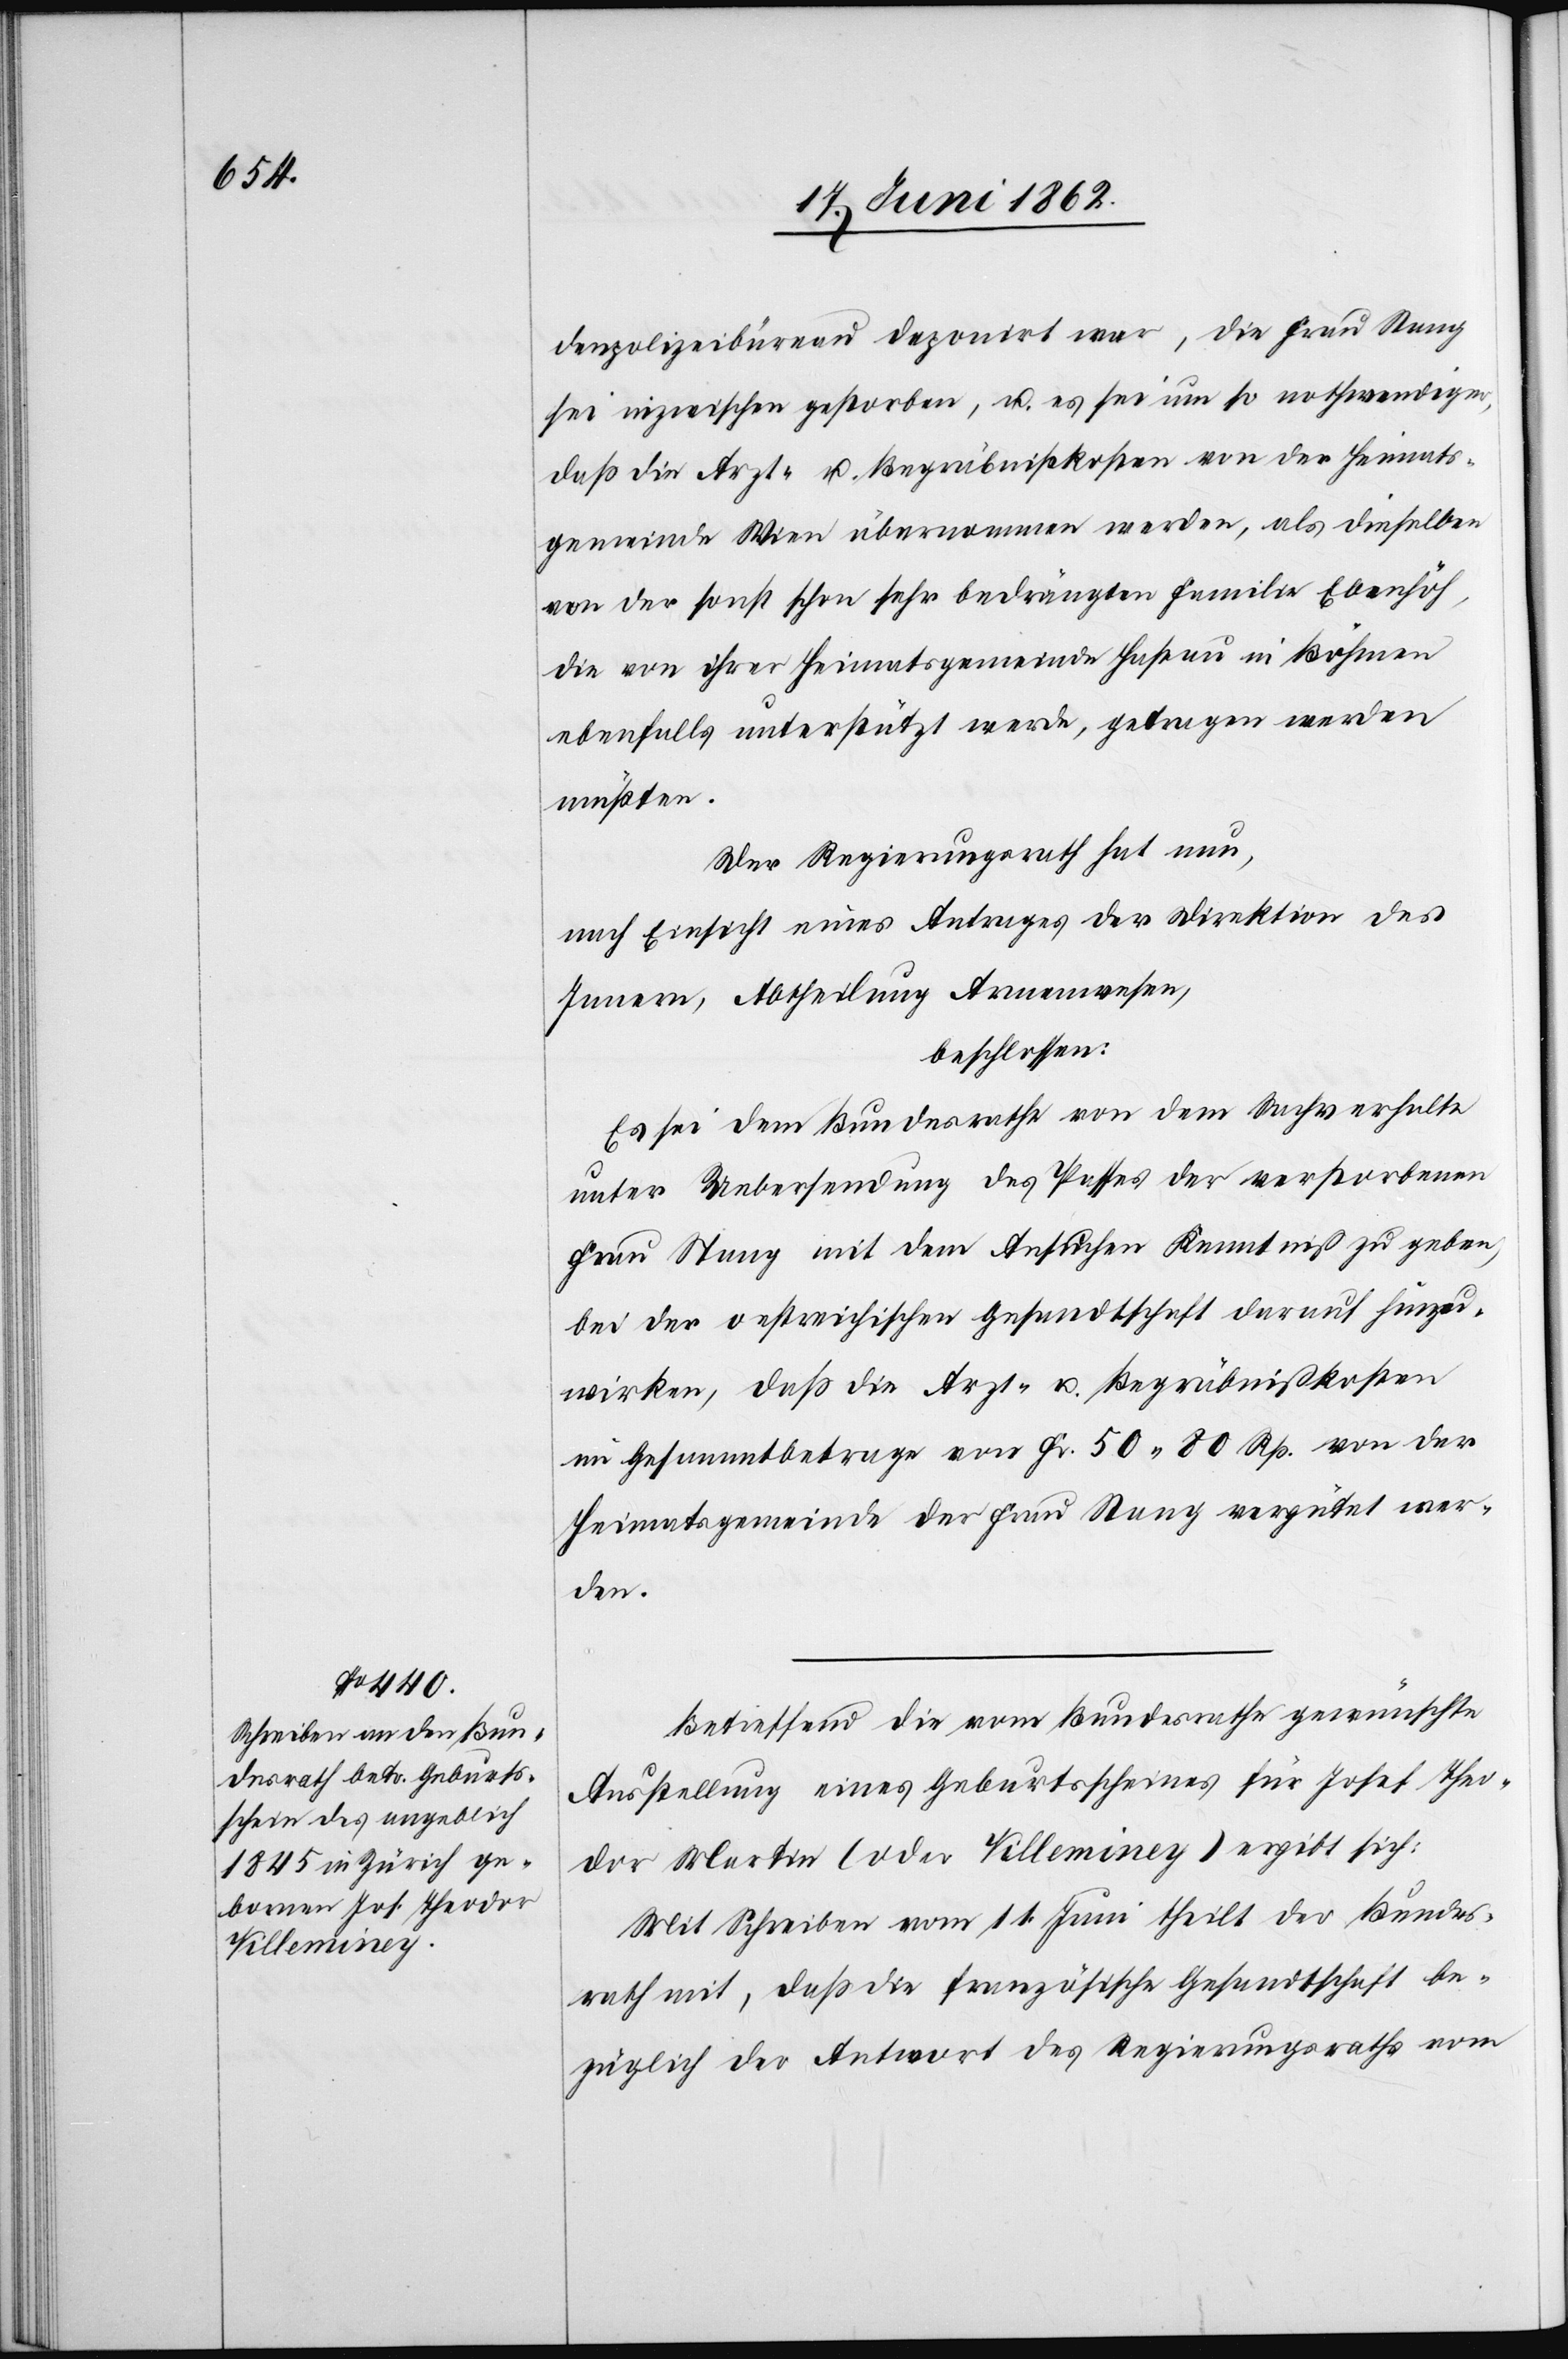
denpolizeibüreau deponirt war, die Frau Stang
sei inzwischen gestorben, u. es sei um so nothweniger,
daß die Arzt- u. Begräbnißkosten von der Heimats¬
gemeinde Wien übernommen werden, als dieselben
von der sonst schon sehr bedrängten Familie Ebenhöh,
die von ihrer Heimatsgemeinde Haßau in Böhmen
ebenfalls unterstützt werde, getragen werden
müßten.
Der Regierungsrath hat nun,
nach Einsicht eines Antrages der Direktion des
Innern, Abtheilung Armenwesen,
beschlossen:
Es sei dem Bundesrathe von dem Sachverhalte
unter Uebersendung des Passes der verstorbenen
Frau Stang mit dem Ansuchen Kenntniß zu geben,
bei der oestreichischen Gesandtschaft darauf hinzu¬
wirken, daß die Arzt- u. Begräbnißkosten
im Gesammtbetrage von Fr. 50 80 Rp. von der
Heimatsgemeinde der Frau Stang vergütet wer¬
den.
Betreffend die vom Bundesrathe gewünschte
Ausstellung eines Geburtsscheines für Josef Theo¬
dor Martin (oder Villeminey) ergibt sich:
Mit Schreiben vom 11. Juni theilt der Bundes¬
rath mit, daß die französische Gesandtschaft be¬
züglich der Antwort des Regierungsrathes vom